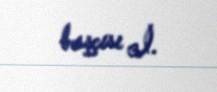
başçısı İ.